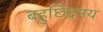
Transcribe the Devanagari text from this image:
बहुछिद्रमय